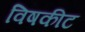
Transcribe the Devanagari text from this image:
विषकीट